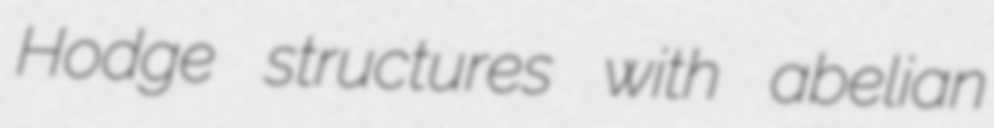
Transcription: Hodge structures with abelian